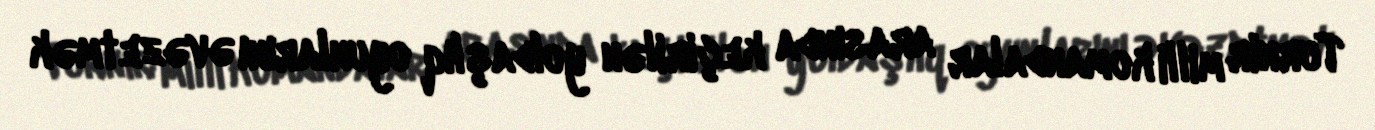
Turnir milli komandalar arasında keçirilən yoldaşlıq oyunlarını əvəzetmək